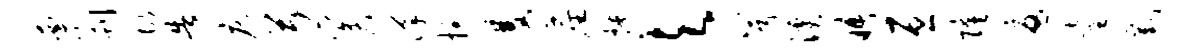
栗刊故告床弓奚汉掠双尘撩与兮溪晤亘隆忧童截